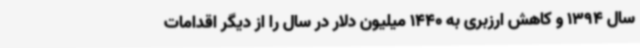
سال 1394 و کاهش ارزبری به 1440 میلیون دلار در سال را از دیگر اقدامات